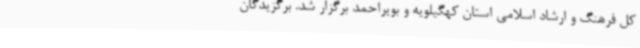
کل فرهنگ و ارشاد اسلامی استان کهگیلویه و بویراحمد برگزار شد. برگزیدگان